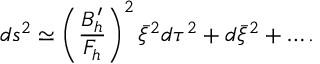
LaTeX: d s ^ { 2 } \simeq \left( { \frac { B _ { h } ^ { \prime } } { F _ { h } } } \right) ^ { 2 } \bar { \xi } ^ { 2 } d \tau ^ { 2 } + d \bar { \xi } ^ { 2 } + \dots .